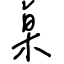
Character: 桌